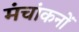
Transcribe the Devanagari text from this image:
मंचांकनों